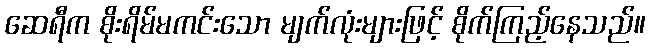
ဆေရီက စိုးရိမ်မကင်းသော မျက်လုံးများဖြင့် စိုက်ကြည့်နေသည်။